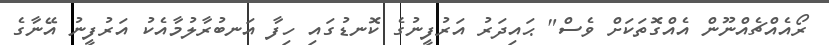
ރޯއެއްޗެއްނޫން އެއްގޮތަކަށް ވެސް" ޙައިދަރު އަރުފީނުގެ ކޮނޑުގައި ހިފާ އަނބުރާލުމާއެކު އަރުފީނު އޭނާގެ